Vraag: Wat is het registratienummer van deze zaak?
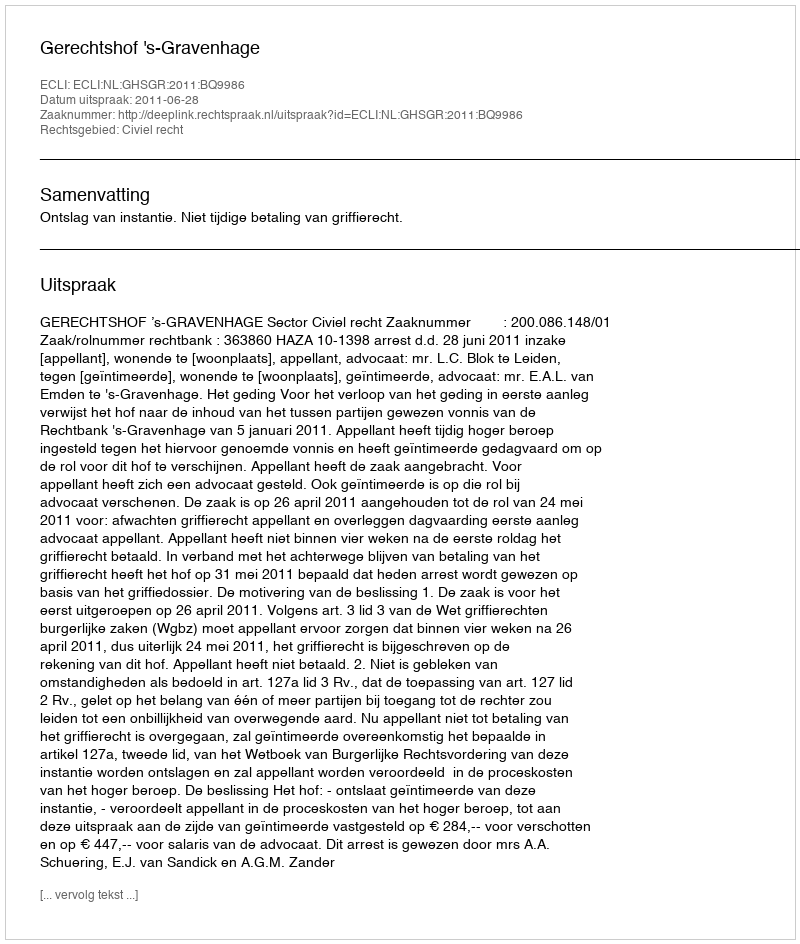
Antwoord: http://deeplink.rechtspraak.nl/uitspraak?id=ECLI:NL:GHSGR:2011:BQ9986